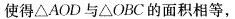
使得△AOD与△OBC的面积相等